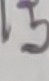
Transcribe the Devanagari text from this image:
१३